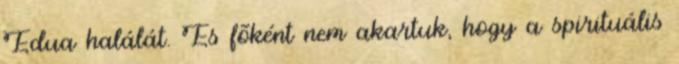
Edua halálát. És fõként nem akartuk, hogy a spirituális